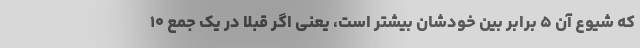
که شیوع آن ۵ برابر بین خودشان بیشتر است، یعنی اگر قبلا در یک جمع ۱۰